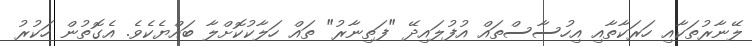
ލޭނާރުތަކާއި ހަރަކާތާއި އިހުސާސްތައް އުފުލައިދޭ "ފަތިނާރު" ތައް ހަލާކުކޮށްލާ ބައްޔެކެވެ. އެގޮތުން ހަކުރު